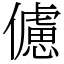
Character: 儢